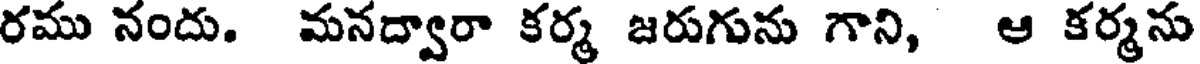
రము నందు. మనద్వారా కర్మ జరుగును గాని, ఆ కర్మను